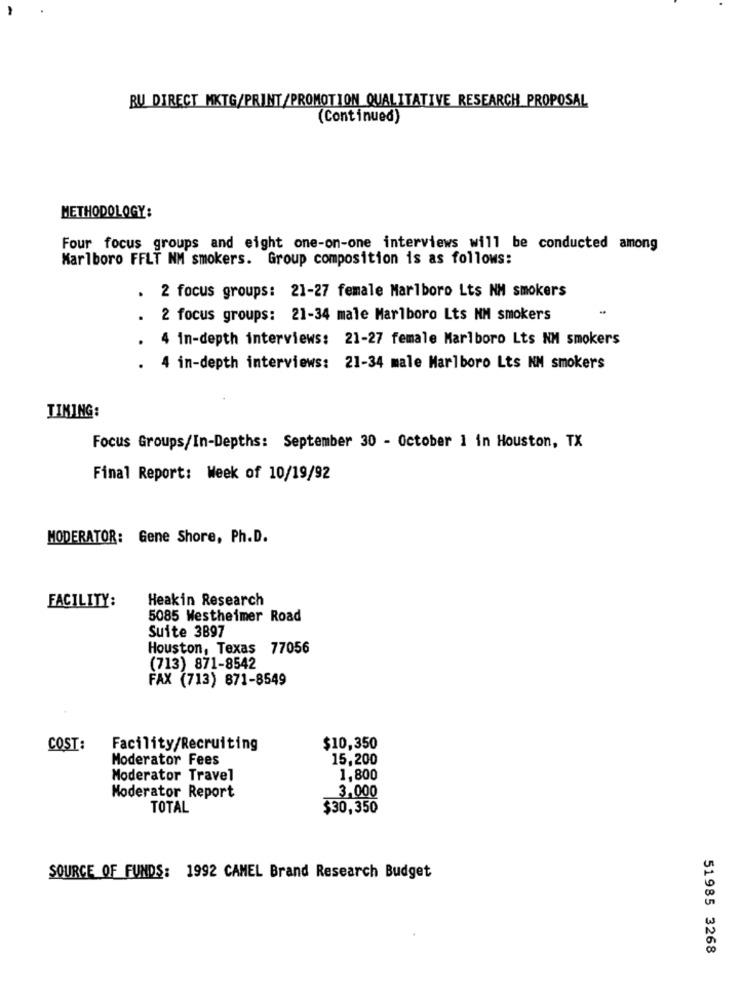
RU DIRECT MKTG/PRINT/PROMOTION QUALITATIVE RESEARCH PROPOSAL
(Continued)
METHODOLOGY:
Four focus groups and eight one-on-one interviews will be conducted among
Marlboro FFLT NM smokers. Group composition is as follows:
. 2 focus groups: 21-27 female Marlboro Lts NM smokers
. 2 focus groups: 21-34 male Marlboro Lts NM smokers
4 in-depth interviews: 21-27 female Marlboro Lts NM smokers
. 4 in-depth interviews: 21-34 male Marlboro Lts NM smokers
TIMING:
Focus Groups/In-Depths: September 30 - October 1 in Houston, TX
Final Report: Week of 10/19/92
MODERATOR: Gene Shore, Ph.D.
Heakin Research
FACILITY:
5085 Westheimer Road
Suite 3897
Houston, Texas 77056
(713) 871-8542
FAX (713) 871-8549
COST:
Facility/Recruiting
$10,350
Moderator Fees
15,200
Moderator Travel
1,800
3.000
Moderator Report
TOTAL
$30,350
SOURCE OF FUNDS: 1992 CAMEL Brand Research Budget
51985 3268